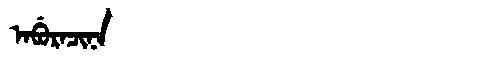
Manchu: ᠠᠪᡠᡵᠠᠴᡳᠨᠠ
Romanization: ABURACINA